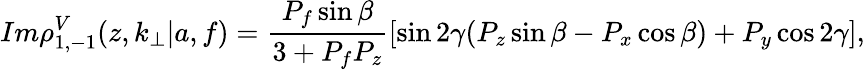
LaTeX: Im\rho_{1,-1}^{V}(z,k_{\perp}|a,f)=\frac{P_{f}\sin{\beta}}{3+P_{f}P_{z}}[\sin{2\gamma}(P_{z}\sin{\beta}-P_{x}\cos{\beta})+P_{y}\cos{2\gamma}],